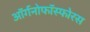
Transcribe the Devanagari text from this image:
ऑर्गनोफॉस्फोरस